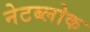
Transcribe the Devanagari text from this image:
नेटब्लोक